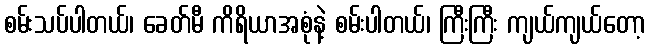
စမ်းသပ်ပါတယ်၊ ခေတ်မီ ကိရိယာအစုံနဲ့ စမ်းပါတယ်၊ ကြီးကြီး ကျယ်ကျယ်တော့